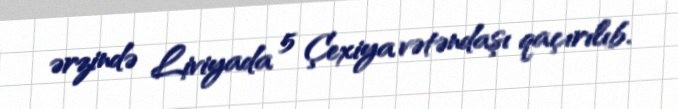
ərzində Liviyada 5 Çexiya vətəndaşı qaçırılıb.